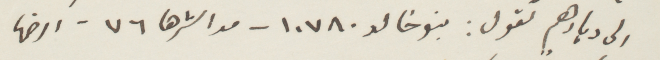
الي ديا رهم تقول: بنو خالد ١٠٧٨٠ - مداشرها ٧٦ - ارضها